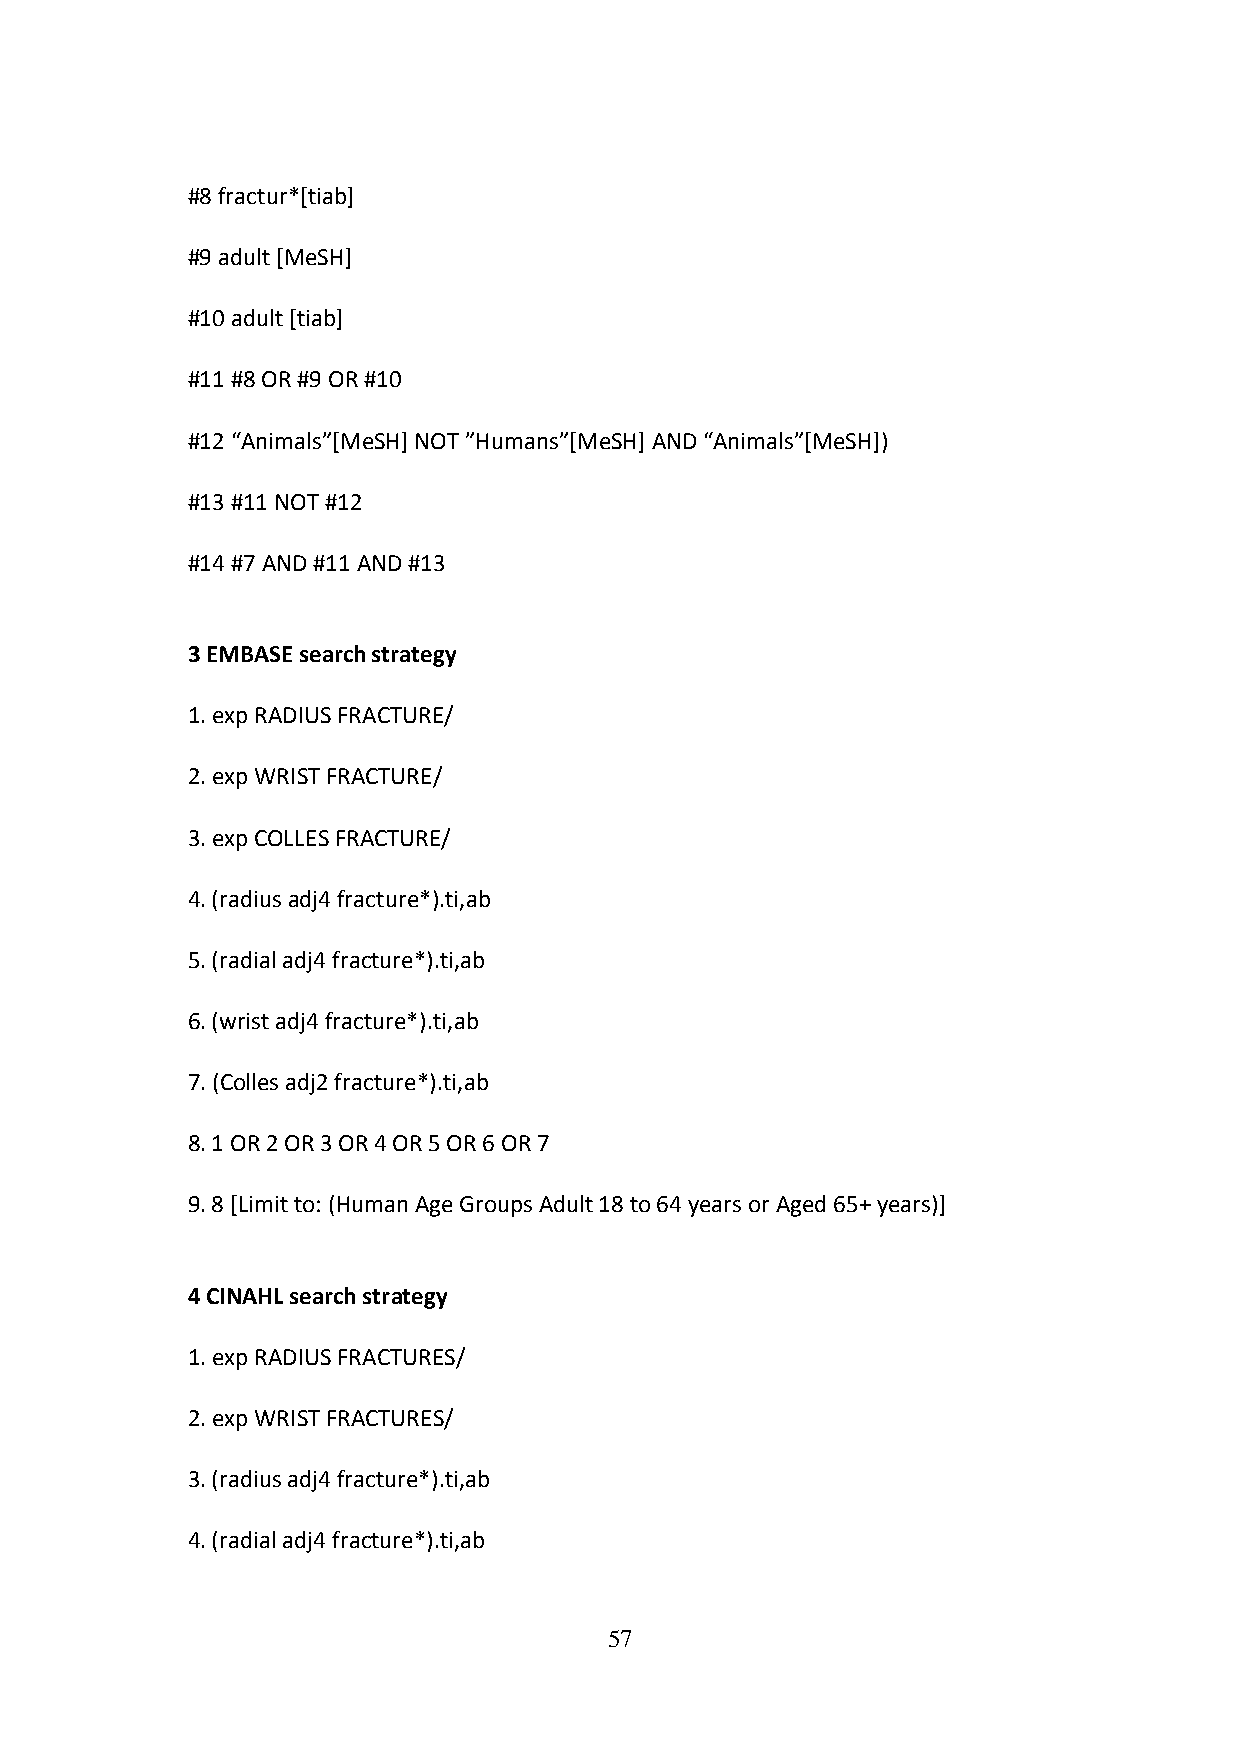
#8 fractur*[tiab]
 #9 adult [MeSH]
 #10 adult [tiab]
 #11 #8 OR #9 OR #10
 #12 “Animals”[MeSH] NOT ”Humans”[MeSH] AND “Animals”[MeSH])
 #13 #11 NOT #12
 #14 #7 AND #11 AND #13
 3 EMBASE search strategy
 1. exp RADIUS FRACTURE/
 2. exp WRIST FRACTURE/
 3. exp COLLES FRACTURE/
 4. (radius adj4 fracture*).ti,ab
 5. (radial adj4 fracture*).ti,ab
 6. (wrist adj4 fracture*).ti,ab
 7. (Colles adj2 fracture*).ti,ab
 8. 1 OR 2 OR 3 OR 4 OR 5 OR 6 OR 7
 9. 8 [Limit to: (Human Age Groups Adult 18 to 64 years or Aged 65+ years)]
 4 CINAHL search strategy
 1. exp RADIUS FRACTURES/
 2. exp WRIST FRACTURES/
 3. (radius adj4 fracture*).ti,ab
 4. (radial adj4 fracture*).ti,ab
 57